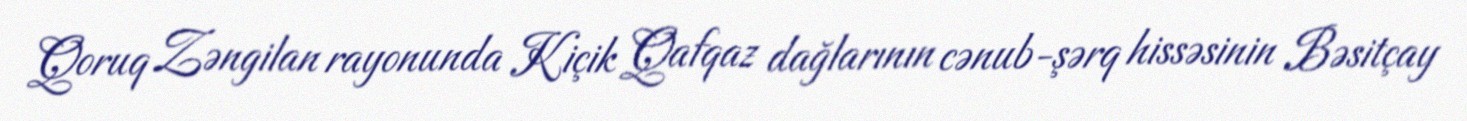
Qoruq Zəngilan rayonunda Kiçik Qafqaz dağlarının cənub-şərq hissəsinin Bəsitçay